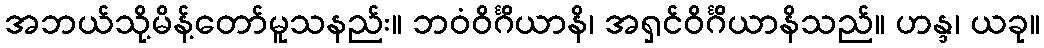
အဘယ်သို့မိန့်တော်မူသနည်း။ ဘဝံဝိင်္ဂိယာနိ၊ အရှင်ဝိင်္ဂိယာနိသည်။ ဟန္ဒ၊ ယခု။